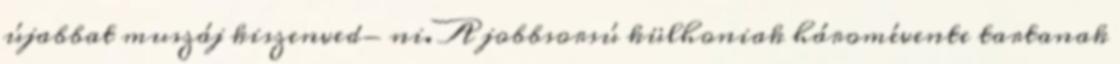
újabbat muszáj kiszenved- ni. A jobbsorsú külhoniak háromévente tartanak